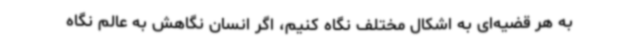
به هر قضیه‌ای به اشکال مختلف نگاه کنیم، اگر انسان نگاهش به عالم نگاه